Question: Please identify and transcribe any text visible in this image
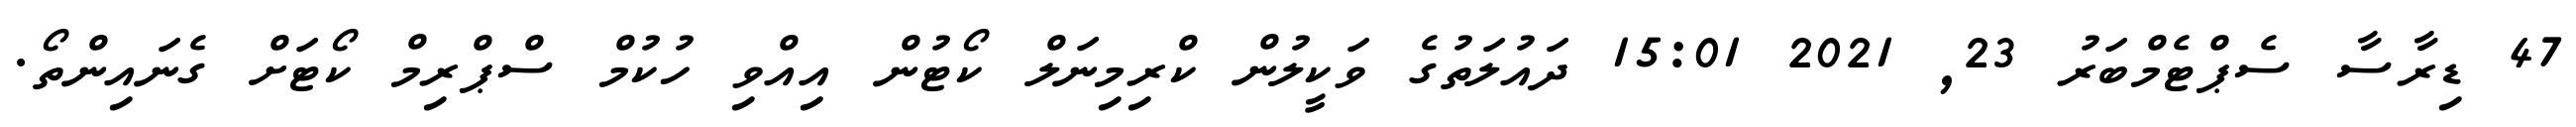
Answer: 47 ޑިރާސާ ސެޕްޓެމްބަރު 23, 2021 15:01 ދައުލަތުގެ ވަކީލުން ކްރިމިނަލް ކޯޓުން އިއްވި ހުކުމް ސްޕްރިމް ކޯޓަށް ގެނައިންތޯ.